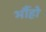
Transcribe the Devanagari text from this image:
भौंहो